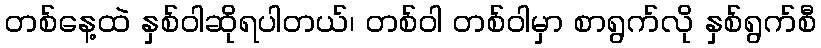
တစ်နေ့ထဲ နှစ်ဝါဆိုရပါတယ်၊ တစ်ဝါ တစ်ဝါမှာ စာရွက်လို နှစ်ရွက်စီ